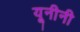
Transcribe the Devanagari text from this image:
यूनीनी